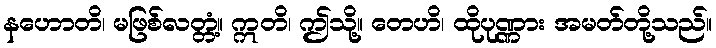
နဟောတိ၊ မဖြစ်လတ္တံ့။ ဣတိ၊ ဤသို့။ တေဟိ၊ ထိုပုဏ္ဏား အမတ်တို့သည်။